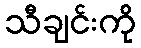
သီချင်းကို